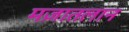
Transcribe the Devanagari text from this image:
मज़ातलान